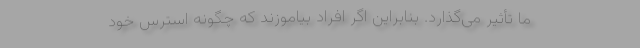
ما تأثیر می‌گذارد. بنابراین اگر افراد بیاموزند که چگونه استرس خود